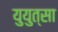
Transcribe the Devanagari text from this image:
युयुत्सा